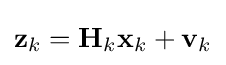
\mathbf {z} _{k}=\mathbf {H} _{k}\mathbf {x} _{k}+\mathbf {v} _{k}